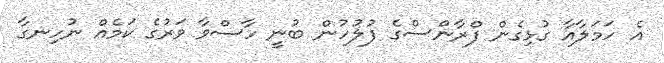
އެ ހަމަލާއާ ގުޅިގެން ފްރާންސްގެ ފުލުހުން ބުނީ ހާސްވާ ވަރުގެ ކަމެއް ނުހިނގާ